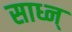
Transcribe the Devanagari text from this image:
साध्न्